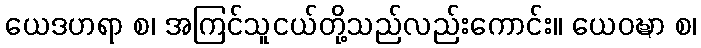
ယေဒဟရာ စ၊ အကြင်သူငယ်တို့သည်လည်းကောင်း။ ယေဝဍ္ဎာ စ၊